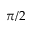
\pi / 2